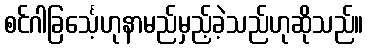
စင်ဂါခြင်္သေ့ဟုနာမည်မှည့်ခဲ့သည်ဟုဆိုသည်။